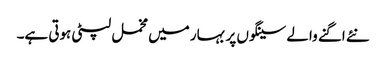
نئے اگنے والے سینگوں پر بہار میں مخمل لپٹی ہوتی ہے۔